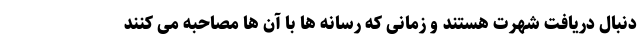
دنبال دریافت شهرت هستند و زمانی که رسانه ها با آن ها مصاحبه می کنند